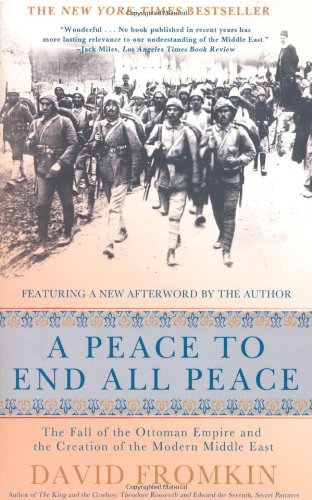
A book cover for A Peace to End All Peace: The Fall of the Ottoman Empire and the Creation of the Modern Middle East; David Fromkin; History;